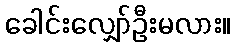
ခေါင်းလျှော်ဦးမလား။